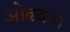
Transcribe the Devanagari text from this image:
ओढवता